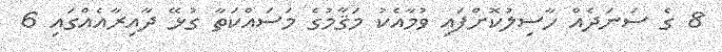
8 ގެ ސަނަދެއް ހާސިލުކޮށްފައި ވުމާއެކު މަޤާމުގެ މަސައްކަތާ ގުޅޭ ދާއިރާއެއްގައި 6